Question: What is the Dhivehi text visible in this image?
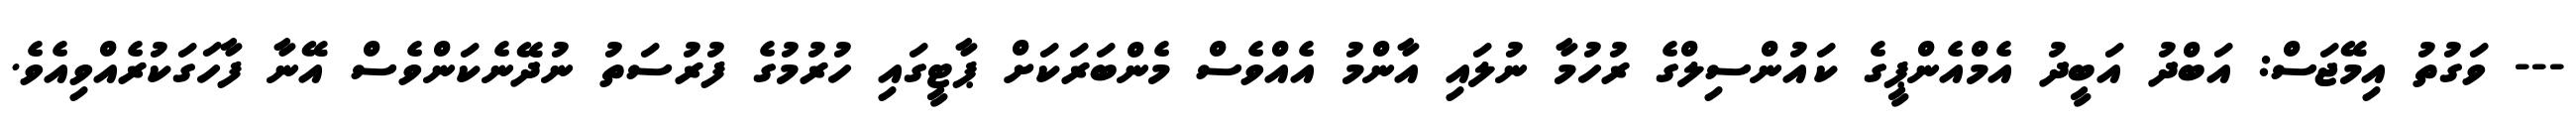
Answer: --- ވަގުތު އިމޭޖަސް: އަބްދު އަބީދު އެމްއެންޕީގެ ކައުންސިލްގެ ރުހުމާ ނުލައި އާންމު އެއްވެސް މެންބަރަކަށް ޕާޓީގައި ހުރުމުގެ ފުރުސަތު ނުދޭނެކަންވެސް އޭނާ ފާހަގަކުރެއްވިއެވެ.